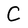
Character: C